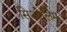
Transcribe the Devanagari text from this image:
सिओलिम